Civil Veterinary Department. Central Provinces & Berar 1932-41 - 1932-1941
Year: 1932
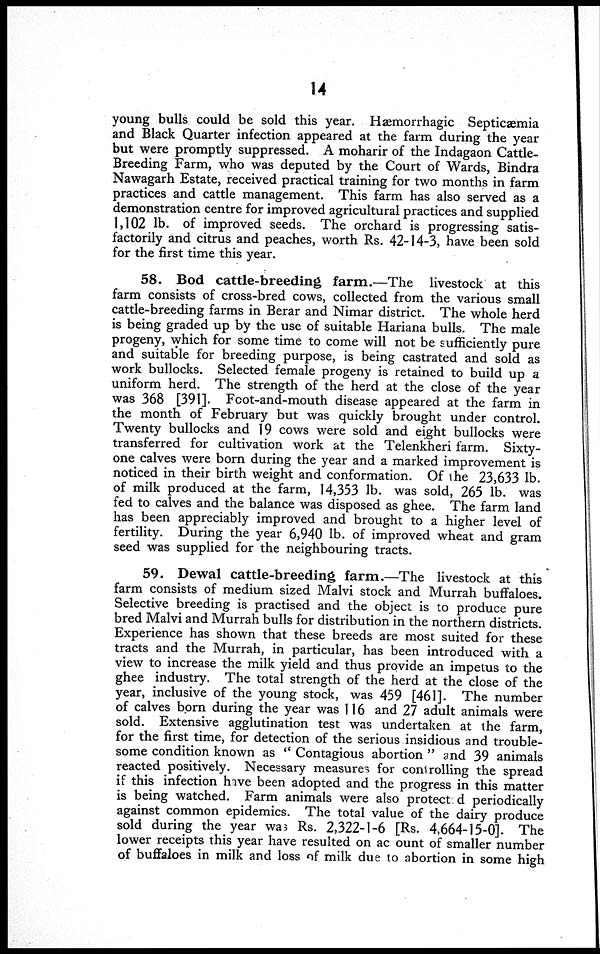
14
young bulls could be sold this year. Hæmorrhagic Septicæmia
and Black Quarter infection appeared at the farm during the year
but were promptly suppressed. A moharir of the Indagaon Cattle-
Breeding Farm, who was deputed by the Court of Wards, Bindra
Nawagarh Estate, received practical training for two months in farm
practices and cattle management. This farm has also served as a
demonstration centre for improved agricultural practices and supplied
1,102 lb. of improved seeds. The orchard is progressing satis-
factorily and citrus and peaches, worth Rs. 42-14-3, have been sold
for the first time this year.
58. Bod cattle-breeding farm.—The livestock at this
farm consists of cross-bred cows, collected from the various small
cattle-breeding farms in Berar and Nimar district. The whole herd
is being graded up by the use of suitable Hariana bulls. The male
progeny, which for some time to come will not be sufficiently pure
and suitable for breeding purpose, is being castrated and sold as
work bullocks. Selected female progeny is retained to build up a
uniform herd. The strength of the herd at the close of the year
was 368 [391]. Foot-and-mouth disease appeared at the farm in
the month of February but was quickly brought under control.
Twenty bullocks and 19 cows were sold and eight bullocks were
transferred for cultivation work at the Telenkheri farm. Sixty-
one calves were born during the year and a marked improvement is
noticed in their birth weight and conformation. Of the 23,633 lb.
of milk produced at the farm, 14,353 lb. was sold, 265 lb. was
fed to calves and the balance was disposed as ghee. The farm land
has been appreciably improved and brought to a higher level of
fertility. During the year 6,940 lb. of improved wheat and gram
seed was supplied for the neighbouring tracts.
59. Dewal cattle-breeding farm.—The livestock at this
farm consists of medium sized Malvi stock and Murrah buffaloes.
Selective breeding is practised and the object is to produce pure
bred Malvi and Murrah bulls for distribution in the northern districts.
Experience has shown that these breeds are most suited for these
tracts and the Murrah, in particular, has been introduced with a
view to increase the milk yield and thus provide an impetus to the
ghee industry. The total strength of the herd at the close of the
year, inclusive of the young stock, was 459 [461]. The number
of calves born during the year was 116 and 27 adult animals were
sold. Extensive agglutination test was undertaken at the farm,
for the first time, for detection of the serious insidious and trouble-
some condition known as "Contagious abortion" and 39 animals
reacted positively. Necessary measures for controlling the spread
if this infection have been adopted and the progress in this matter
is being watched. Farm animals were also protected periodically
against common epidemics. The total value of the dairy produce
sold during the year was Rs. 2,322-1-6 [Rs. 4,664-15-0]. The
lower receipts this year have resulted on account of smaller number
of buffaloes in milk and loss of milk due to abortion in some high